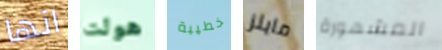
انها هولت خطيبة مايلز المشهورة